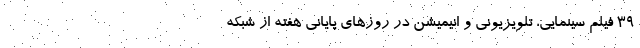
۳۹ فیلم سینمایی، تلویزیونی و انیمیشن در روزهای پایانی هفته از شبکه